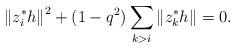
LaTeX: \begin{align*}\left\|z_i^*h\right\|^2 + (1-q^2)\sum_{k>i}\left\|z_k^*h\right\|= 0.\end{align*}